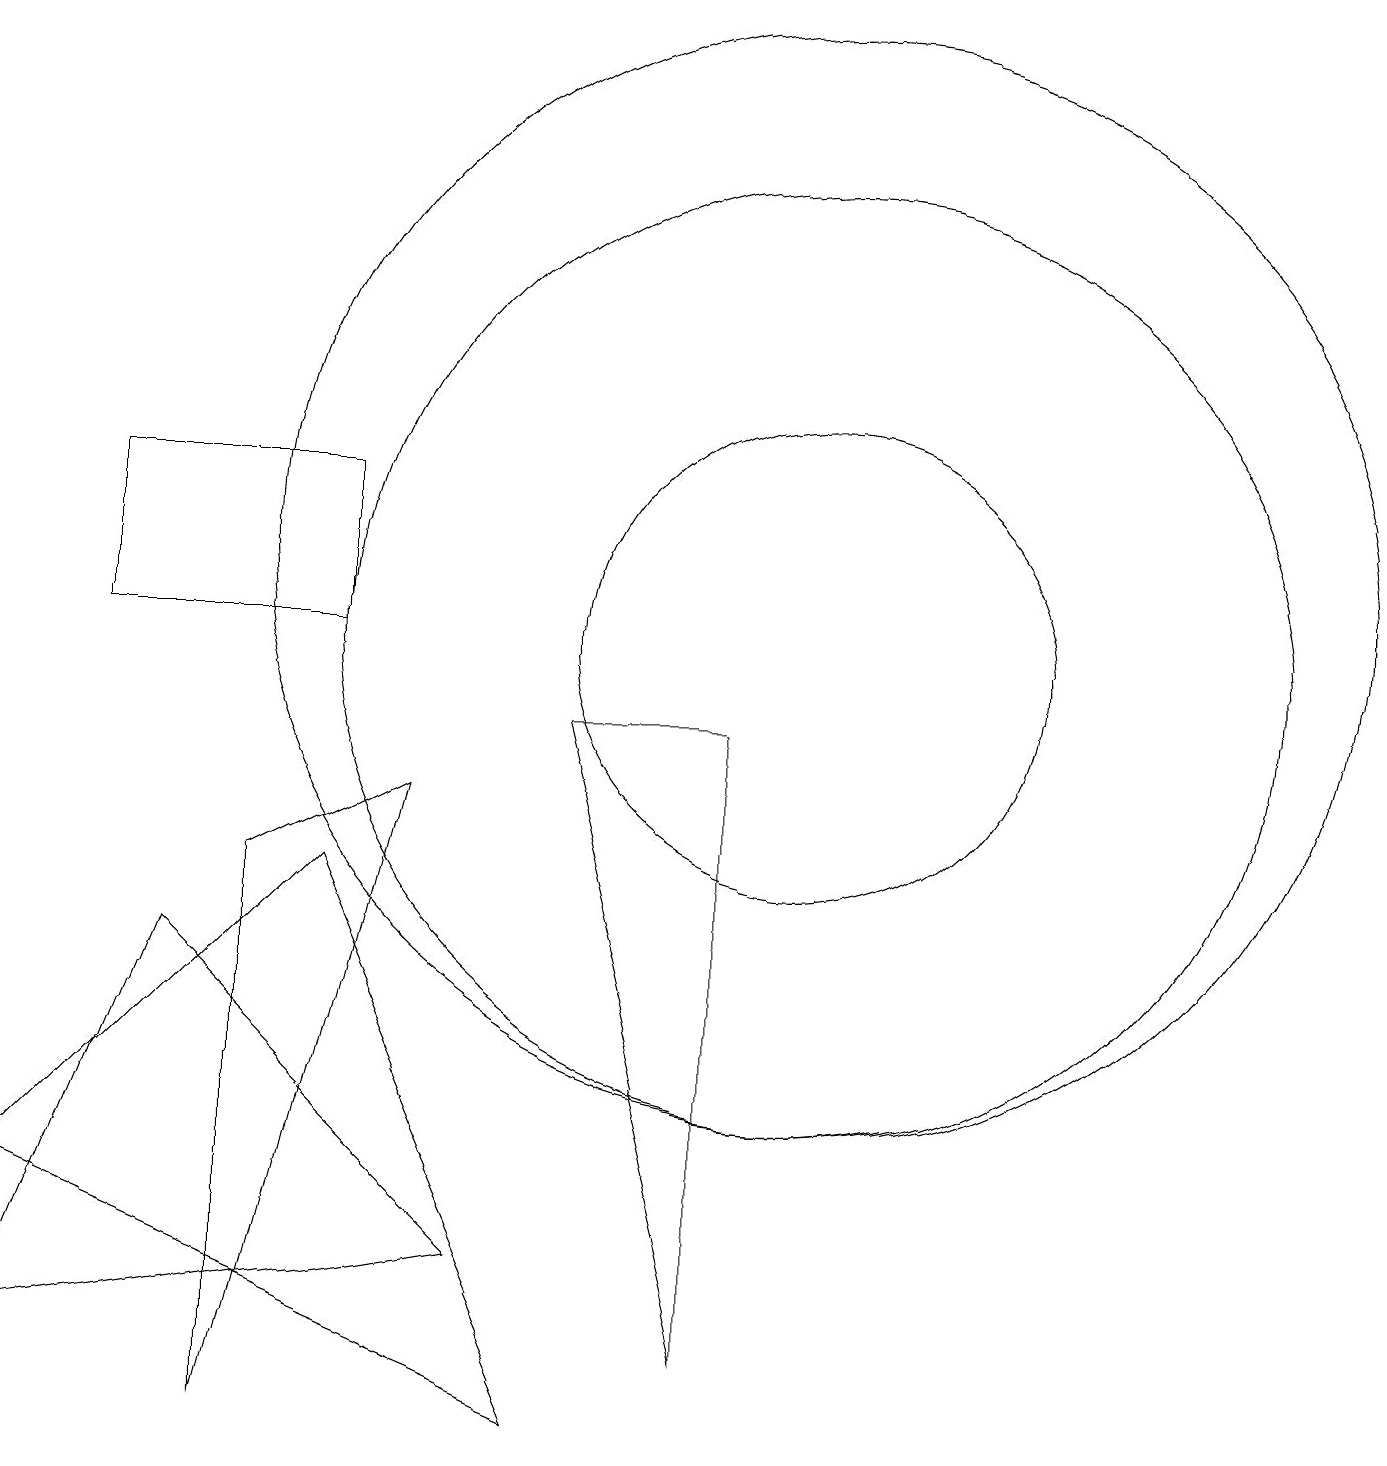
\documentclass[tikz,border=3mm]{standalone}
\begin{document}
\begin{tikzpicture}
\draw (0,1) -- (2,6) -- (6,2) -- cycle;
\draw (10,10) circle (3);
\draw (3,7) -- (5,8) -- (3,0) -- cycle;
\draw (9,1) -- (7,9) -- (9,9) -- cycle;
\draw (7,0) -- (0,3) -- (4,7) -- cycle;
\draw (10,10) circle (6);
\draw (10,11) circle (7);
\draw (4,10) rectangle (1,12);
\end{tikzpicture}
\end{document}